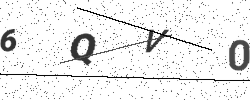
Text: 6QV0